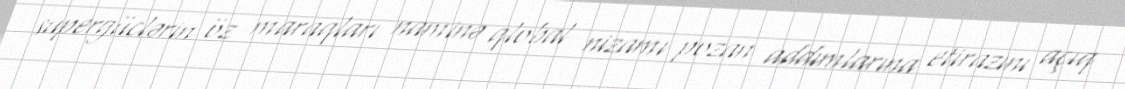
supergüclərin öz maraqları naminə qlobal nizamı pozan addımlarına etirazını açıq